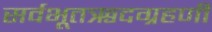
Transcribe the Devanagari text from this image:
सर्वभूतऋदग्रहणी